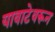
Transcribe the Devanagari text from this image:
यावाटेवरून